Indian journal of veterinary science and animal husbandry - Volume 1,
Year: 1931
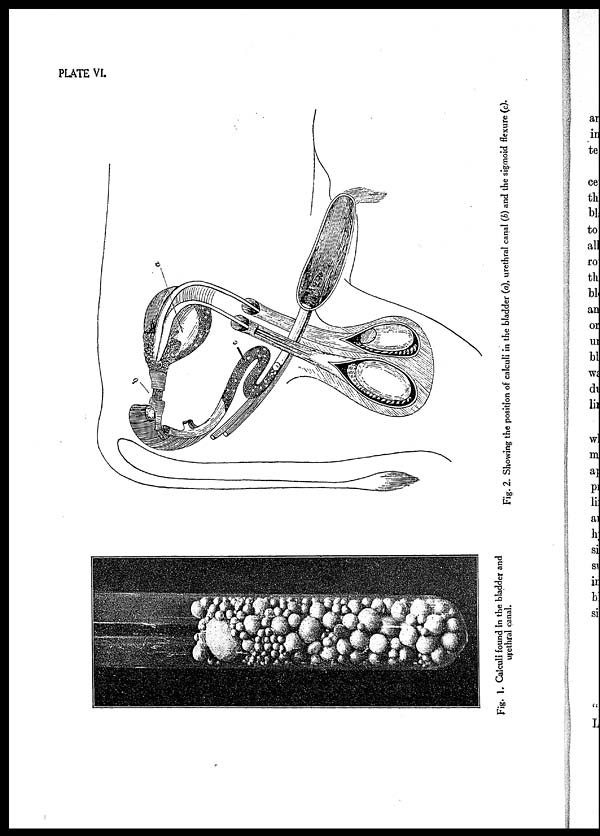
PLATE VI.
Fig. 1. Calculi found in the bladder and
urethral canal.
Fig. 2. Showing the position of calculi in the bladder (a), urethral canal (b) and the sigmoid flexure (c).